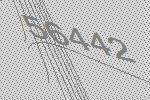
56442